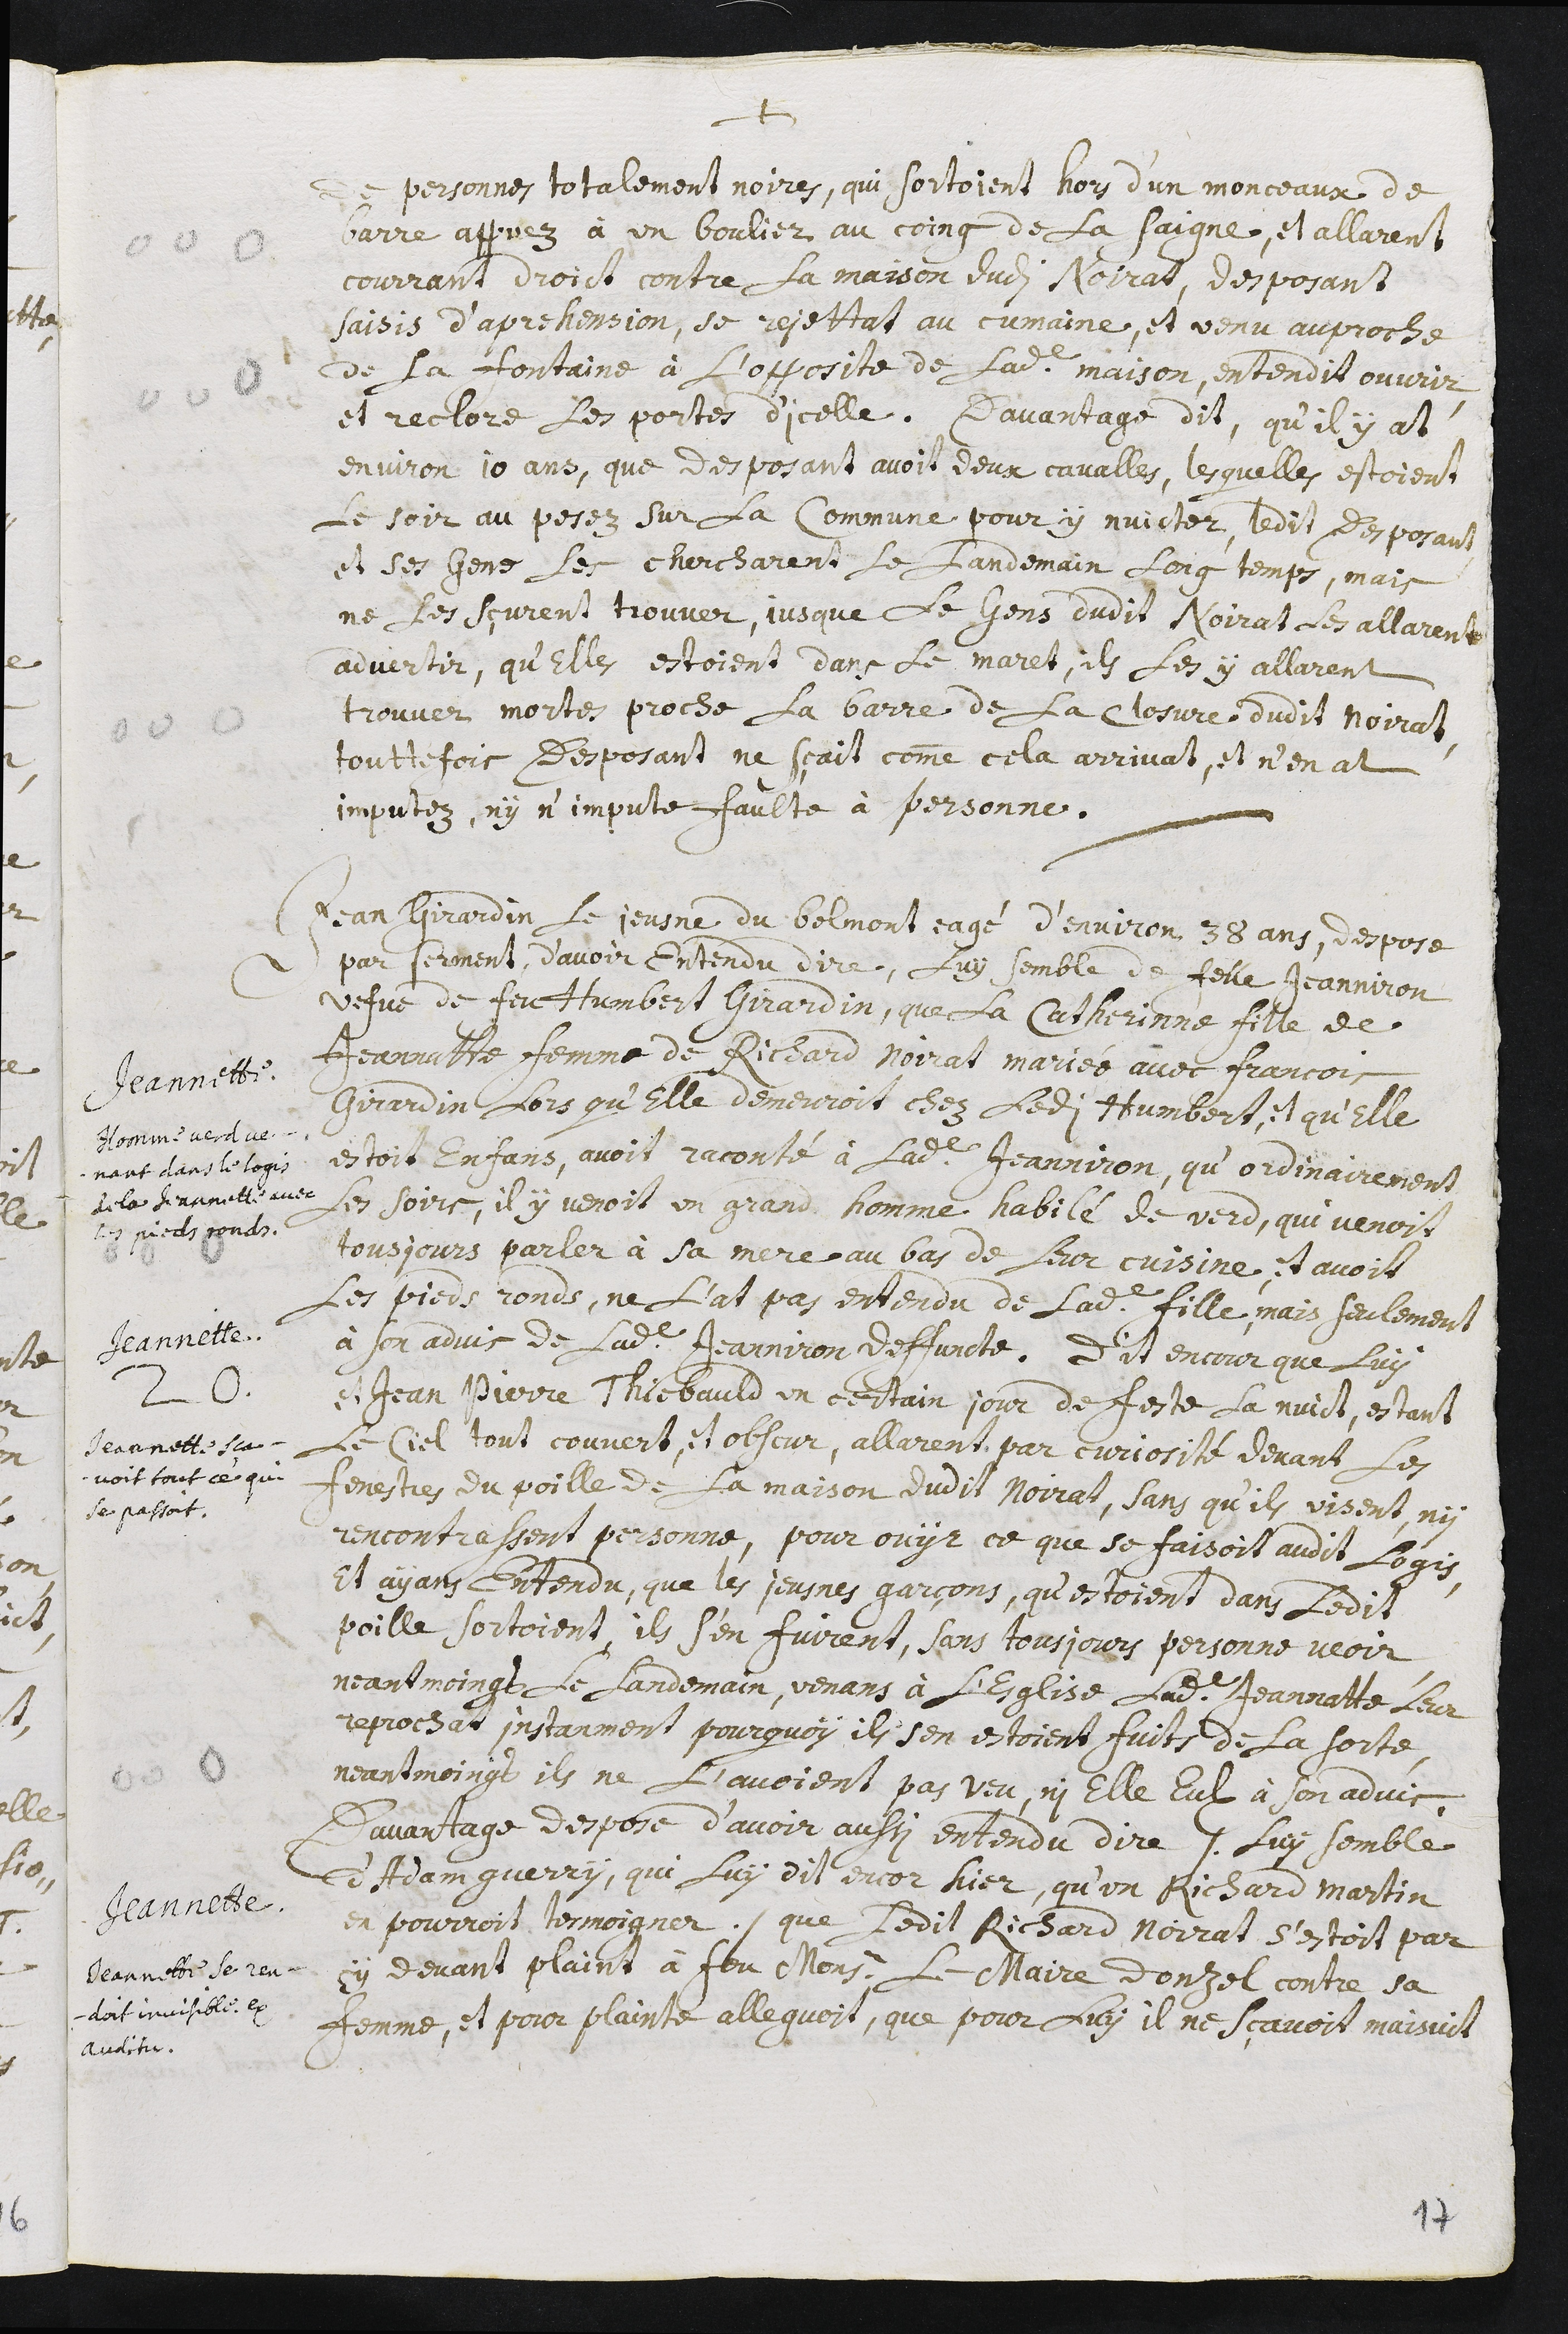
+
de personnes totalement noires, qui sortoient hors d’un monceaux de
barre appuez à un boulier au coing de la Saigne, et allarent
courrant droict contre la maison dudit Noirat. Desposant
saisis d’aprehension, se rejettat au Cumaine, et venu au proche
de la fontaine à l’opposite de ladite maison, entendit ouvrir,
et reclore les portes d’icelle. Davantage dit, qu’il y at
environ 10 ans, que desposant avoit deux cavalles, lesquelles estoient
le soir au posez sur la commune pour y nuicter. Ledit desposant
et ses gens les chercharent le landemain long temps, mais
ne les sçurent trouver, jusque le gens dudit Noirat les allarent
advertir, qu’elles esoient dans le maret. Ils les y allarent
trouver mortes proche la barre de la closure dudit Noirat.
touttefois desposant ne sçait comme cela arrivat, et n’en at
imputez, ny n’impute faulte à personne.
Jeannette.
Homme verd ve-
nant dans le logis
de la Jeannette avec
les pieds ronds.
21. Jean Girardin le jeusne du Belmont eagé d’environ 38 ans, despose
par sement, d’avoir entendu dire, luy semble de felle Jeanniron
vefve de feu Humbert Girardin, que la Catherinne fille de
Jeannatte femme de Richard Noirat mariée avec Francois
Giradin lors qu’elle demeuroit chez ledi Humbert, et qu’elle
estoit enfans, avoit raconté à ladite Jeanniron, qu’ordinairement
les soirs, il y venoit un grand homme habilé de verd, qui venoit
tousjours parler à sa mere au bas de leur cuisine, et avoit
les pieds ronds. Ne l’at pas entendu de ladite fille, mais seulement
à son advis de ladite Jeanniron deffuncte.
Jeannette.
Jeannette sça-
voit tout ce qui
se passoit.
Dit encour que luy
et Jean Pierre Thiebauld, un certain jour de feste la nuict, estant
le ciel tout couvert, et obscur, allarent par curiosité devant les
fenestres du poille de la maison dudit Noirat, sans qu’ils visent, ny
rencontrassent personne, pour ouyr ce que se faisoit audit logis,
et ayans entendu, que les jeusnes garçons, qu’estoient dans ledit
poille sortoient, ils s’en fuient, sans tousjours personne veoir.
Neantmoingt le landemain, venans à l’esglise ladite Jeannatte leur
reprochat instanment pourquioy ils s’en estoient fuits de la sorte,
neantmoingt ils ne l’avoient pas veu, ni elle eulx à son advis.
Jeannette.
Jeannette se ren-
doit invisible. Ex
auditu.
Davantage despose d’avoir aussi entendu dire /. luy semble
d’Adam Guerry, qui luy dit encor hier, qu’un Richard Martin
en pourroit tesmoigner ./ que ledit Richard Noirat s’estoit par
cy devant plaint à feu Monsieur le Maire Donzel contre sa
femme, et pour plainte alleguoit, que pour luy il ne sçavoit maisuit